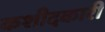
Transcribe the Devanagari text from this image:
कशीदकारी